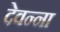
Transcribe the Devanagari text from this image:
देवन्ना